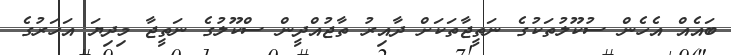
ބައެއް އެހެން ސުކޫލުތަކުގެ ނަތީޖާތަކަށް ދާއިރު ތާޖުއްދީން ސްކޫލުގެ ނަތީޖާ މިދިޔަ އަހަރުގެ